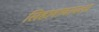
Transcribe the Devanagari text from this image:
लिहावाचायला